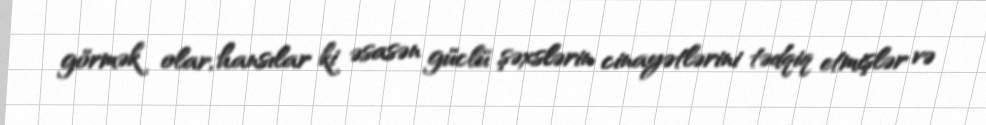
görmək olar, hansılar ki əsasən güclü şəxslərin cinayətlərini tədqiq etmişlər və